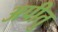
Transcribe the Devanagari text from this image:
अपीतु